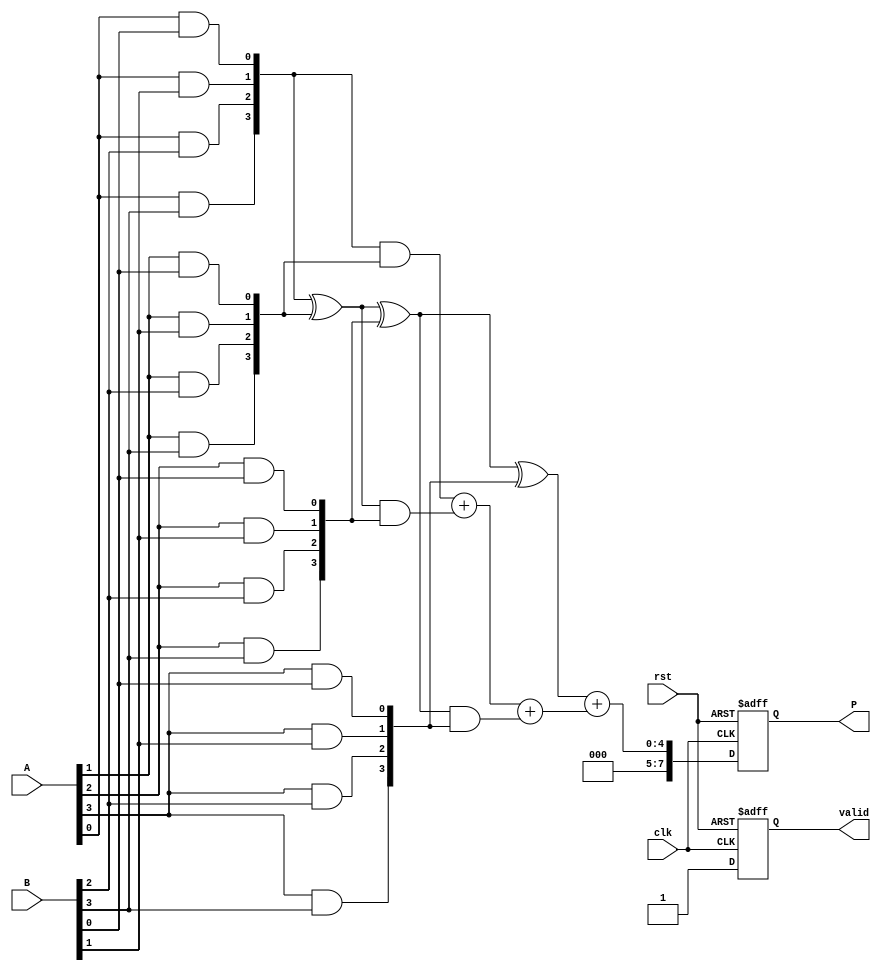
module wallace_tree_multiplier #(parameter N = 4) (
    input wire clk,
    input wire rst,
    input wire [N-1:0] A,
    input wire [N-1:0] B,
    output reg [2*N-1:0] P,
    output reg valid
);

    // Partial products
    wire [N-1:0] pp [0:N-1]; // Partial products
    genvar i, j;
    generate
        for (i = 0; i < N; i = i + 1) begin : pp_gen
            for (j = 0; j < N; j = j + 1) begin : pp_inner
                assign pp[i][j] = A[i] & B[j];
            end
        end
    endgenerate

    // Carry-save adder (CSA) structure
    wire [N-1:0] sum [0:N-1];
    wire [N-1:0] carry [0:N-1];

    // Initial stage of CSAs
    generate
        for (i = 0; i < N-1; i = i + 1) begin : CSA_stage_1
            if (i == 0) begin
                assign sum[i] = pp[i] ^ pp[i+1];
                assign carry[i] = pp[i] & pp[i+1];
            end else begin
                assign sum[i] = sum[i-1] ^ pp[i+1];
                assign carry[i] = carry[i-1] + (sum[i-1] & pp[i+1]);
            end
        end
    endgenerate

    // Final stage to combine the last sum and carry
    wire [N-1:0] final_sum;
    wire [N-1:0] final_carry;

    assign final_sum = sum[N-2];
    assign final_carry = carry[N-2];

    // Final addition using a simple adder
    wire [2*N-1:0] final_product;
    assign final_product = {1'b0, final_sum} + {1'b0, final_carry};

    // Register to hold the final product
    always @(posedge clk or posedge rst) begin
        if (rst) begin
            P <= 0;
            valid <= 0;
        end else begin
            P <= final_product;
            valid <= 1; // Indicate that the product is valid
        end
    end

endmodule